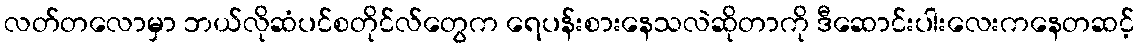
လတ်တလောမှာ ဘယ်လိုဆံပင်စတိုင်လ်တွေက ရေပန်းစားနေသလဲဆိုတာကို ဒီဆောင်းပါးလေးကနေတဆင့်